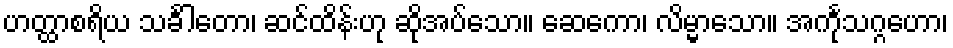
ဟတ္ထာစရိယ သင်္ခါတော၊ ဆင်ထိန်းဟု ဆိုအပ်သော။ ဆေကော၊ လိမ္မာသော။ အင်္ကုသဂ္ဂဟော၊